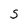
Character: S